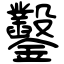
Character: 鑿